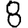
Digit: 8